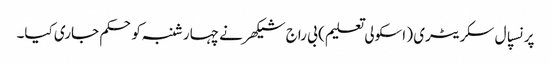
پرنسپال سکریٹری ( اسکولی تعلیم ) بی راج شیکھر نے چہارشنبہ کوحکم جاری کیا۔